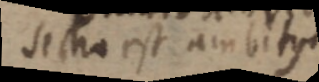
sectio est ambitus